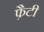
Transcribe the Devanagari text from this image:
फ़ैटी